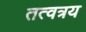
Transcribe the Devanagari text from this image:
तत्वत्रय